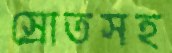
স্রোতসহ